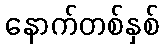
နောက်တစ်နှစ်